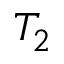
T _ { 2 }